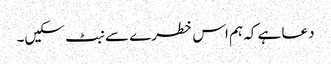
دعا ہے کہ ہم اس خطرے سے نبٹ سکیں۔